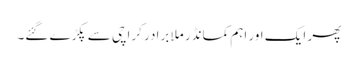
پھر ایک اور اہم کمانڈر ملا برادر کراچی سے پکڑے گئے۔